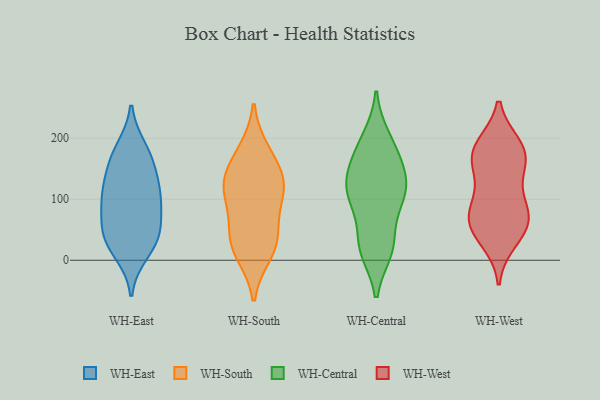
{"axis": {"x": "Temperature (°C)", "y": "Value"}, "legend": ["WH-Central", "WH-East", "WH-South", "WH-West"], "data": [{"x": "", "y": 31, "type": "WH-East"}, {"x": "", "y": 13, "type": "WH-East"}, {"x": "", "y": 133, "type": "WH-East"}, {"x": "", "y": 46, "type": "WH-East"}, {"x": "", "y": 160, "type": "WH-East"}, {"x": "", "y": 91, "type": "WH-East"}, {"x": "", "y": 182, "type": "WH-East"}, {"x": "", "y": 114, "type": "WH-East"}, {"x": "", "y": 171, "type": "WH-East"}, {"x": "", "y": 38, "type": "WH-East"}, {"x": "", "y": 100, "type": "WH-East"}, {"x": "", "y": 98, "type": "WH-East"}, {"x": "", "y": 50, "type": "WH-East"}, {"x": "", "y": 12, "type": "WH-South"}, {"x": "", "y": 40, "type": "WH-South"}, {"x": "", "y": 22, "type": "WH-South"}, {"x": "", "y": 178, "type": "WH-South"}, {"x": "", "y": 52, "type": "WH-South"}, {"x": "", "y": 112, "type": "WH-South"}, {"x": "", "y": 161, "type": "WH-South"}, {"x": "", "y": 112, "type": "WH-South"}, {"x": "", "y": 126, "type": "WH-South"}, {"x": "", "y": 120, "type": "WH-South"}, {"x": "", "y": 19, "type": "WH-Central"}, {"x": "", "y": 134, "type": "WH-Central"}, {"x": "", "y": 105, "type": "WH-Central"}, {"x": "", "y": 100, "type": "WH-Central"}, {"x": "", "y": 192, "type": "WH-Central"}, {"x": "", "y": 16, "type": "WH-Central"}, {"x": "", "y": 124, "type": "WH-Central"}, {"x": "", "y": 174, "type": "WH-Central"}, {"x": "", "y": 32, "type": "WH-Central"}, {"x": "", "y": 96, "type": "WH-Central"}, {"x": "", "y": 23, "type": "WH-Central"}, {"x": "", "y": 155, "type": "WH-Central"}, {"x": "", "y": 200, "type": "WH-Central"}, {"x": "", "y": 141, "type": "WH-Central"}, {"x": "", "y": 105, "type": "WH-Central"}, {"x": "", "y": 164, "type": "WH-West"}, {"x": "", "y": 187, "type": "WH-West"}, {"x": "", "y": 61, "type": "WH-West"}, {"x": "", "y": 182, "type": "WH-West"}, {"x": "", "y": 165, "type": "WH-West"}, {"x": "", "y": 50, "type": "WH-West"}, {"x": "", "y": 96, "type": "WH-West"}, {"x": "", "y": 181, "type": "WH-West"}, {"x": "", "y": 82, "type": "WH-West"}, {"x": "", "y": 138, "type": "WH-West"}, {"x": "", "y": 33, "type": "WH-West"}, {"x": "", "y": 60, "type": "WH-West"}, {"x": "", "y": 76, "type": "WH-West"}]}